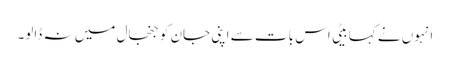
انہوں نے کہا بیٹی اس بات سے اپنی جان کو جنجال میں نہ ڈالو۔